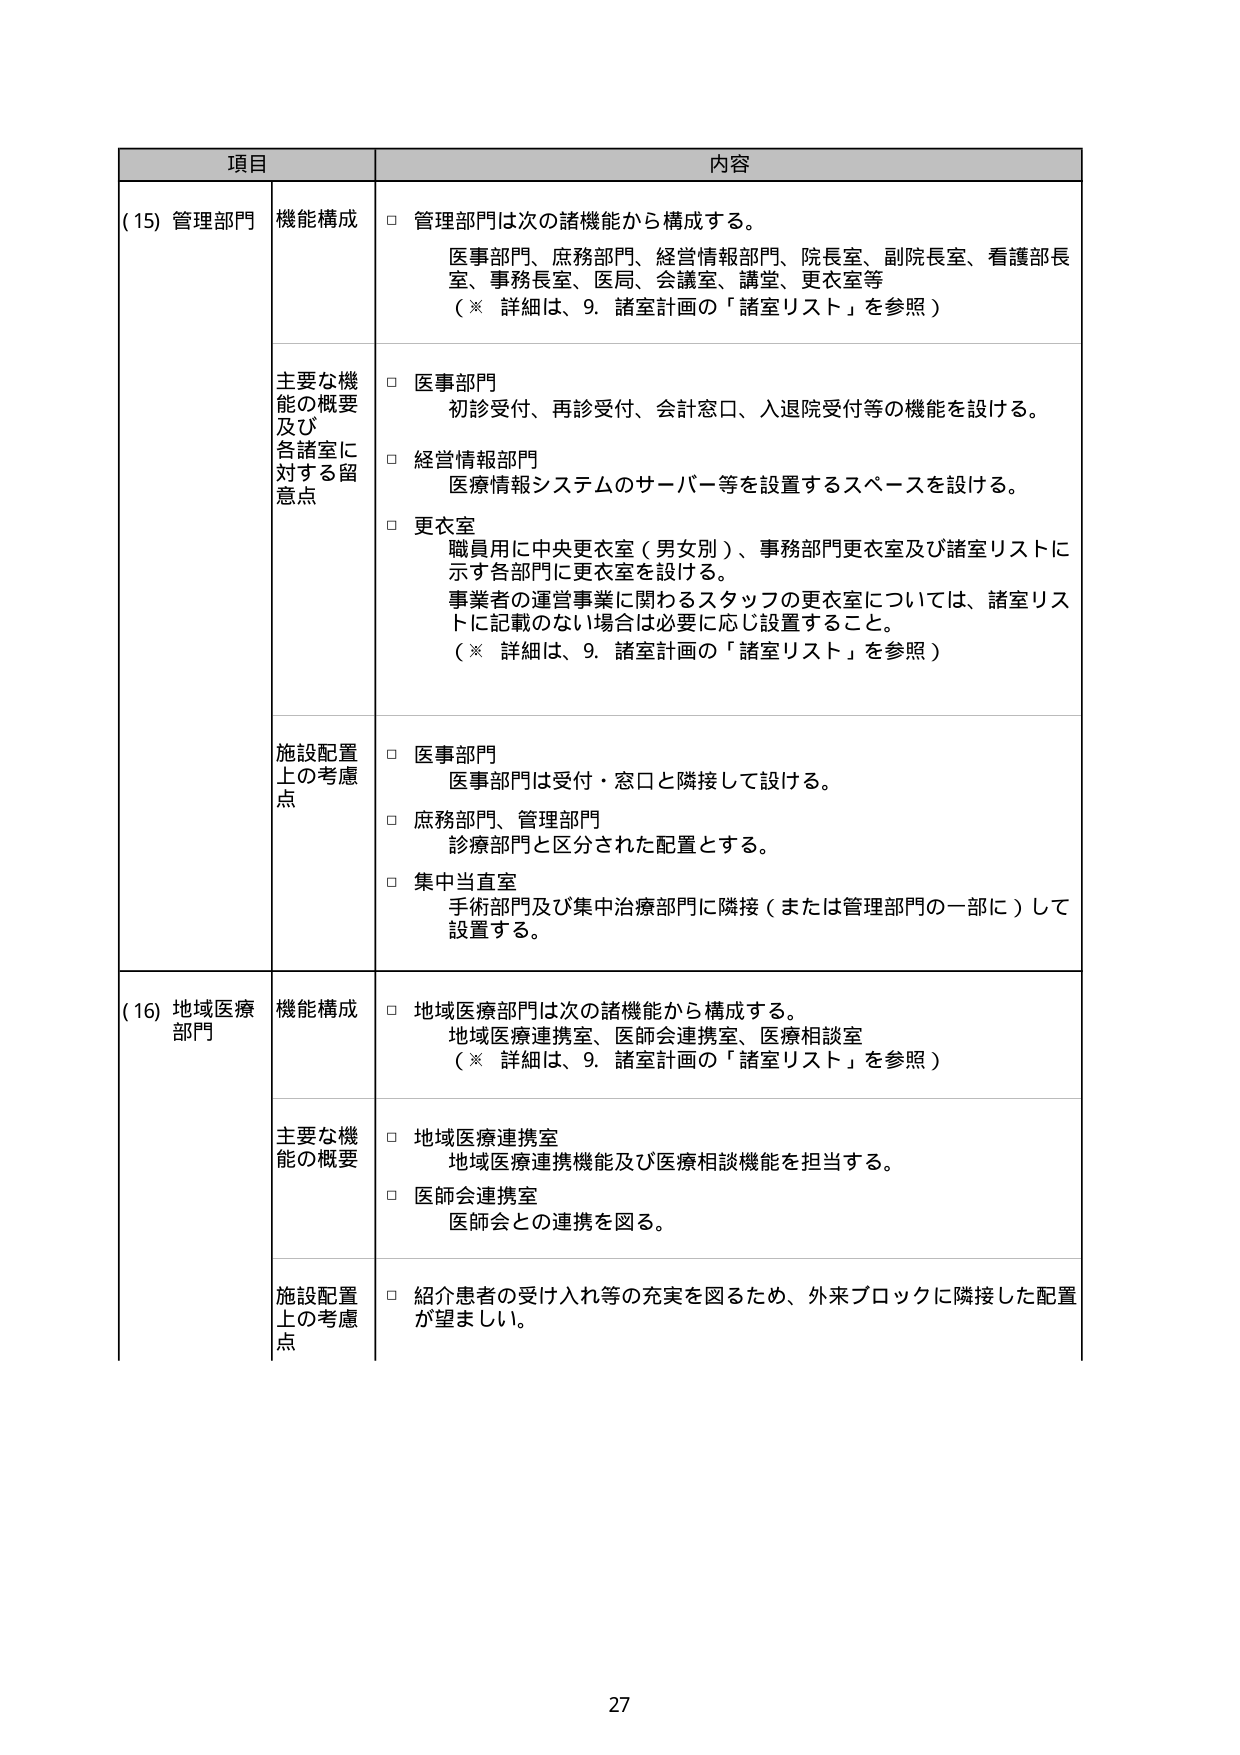
項目 内容
(15) 管理部門 機能構成 □ 管理部門は次の諸機能から構成する。
医事部門、庶務部門、経営情報部門、院長室、副院長室、看護部長室、事務長室、医局、会議室、講堂、更衣室等
（※ 詳細は、9. 諸室計画の「諸室リスト」を参照）
主要な機能の概要及び各諸室に対する留意点 □ 医事部門
初診受付、再診受付、会計窓口、入退院受付等の機能を設ける。
□ 経営情報部門
医療情報システムのサーバー等を設置するスペースを設ける。
□ 更衣室
職員用に中央更衣室（男女別）、事務部門更衣室及び諸室リストに示す各部門に更衣室を設ける。
事業者の運営事業に関わるスタッフの更衣室については、諸室リストに記載のない場合は必要に応じ設置すること。
（※ 詳細は、9. 諸室計画の「諸室リスト」を参照）
施設配置上の考慮点 □ 医事部門
医事部門は受付・窓口と隣接して設ける。
□ 庶務部門、管理部門
診療部門と区分された配置とする。
□ 集中当直室
手術部門及び集中治療部門に隣接（または管理部門の一部に）して設置する。
(16) 地域医療部門 機能構成 □ 地域医療部門は次の諸機能から構成する。
地域医療連携室、医師会連携室、医療相談室
（※ 詳細は、9. 諸室計画の「諸室リスト」を参照）
主要な機能の概要 □ 地域医療連携室
地域医療連携機能及び医療相談機能を担当する。
□ 医師会連携室
医師会との連携を図る。
施設配置上の考慮点 □ 紹介患者の受け入れ等の充実を図るため、外来ブロックに隣接した配置が望ましい。
27